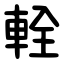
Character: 輇